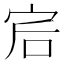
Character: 𡧻